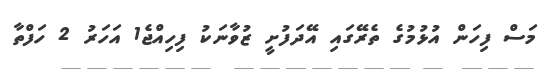
މަސް ފިހަން އުޅުމުގެ ތެރޭގައި އޭދަފުށީ ޒުވާނަކު ފިހިއްޖެ1 އަހަރު 2 ހަފްތާ